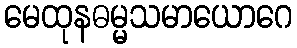
မေထုနဓမ္မသမာယောဂေ